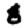
Digit: 8